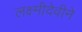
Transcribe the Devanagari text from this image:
लक्ष्मीदेवीने